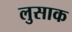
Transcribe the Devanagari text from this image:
लुसाक